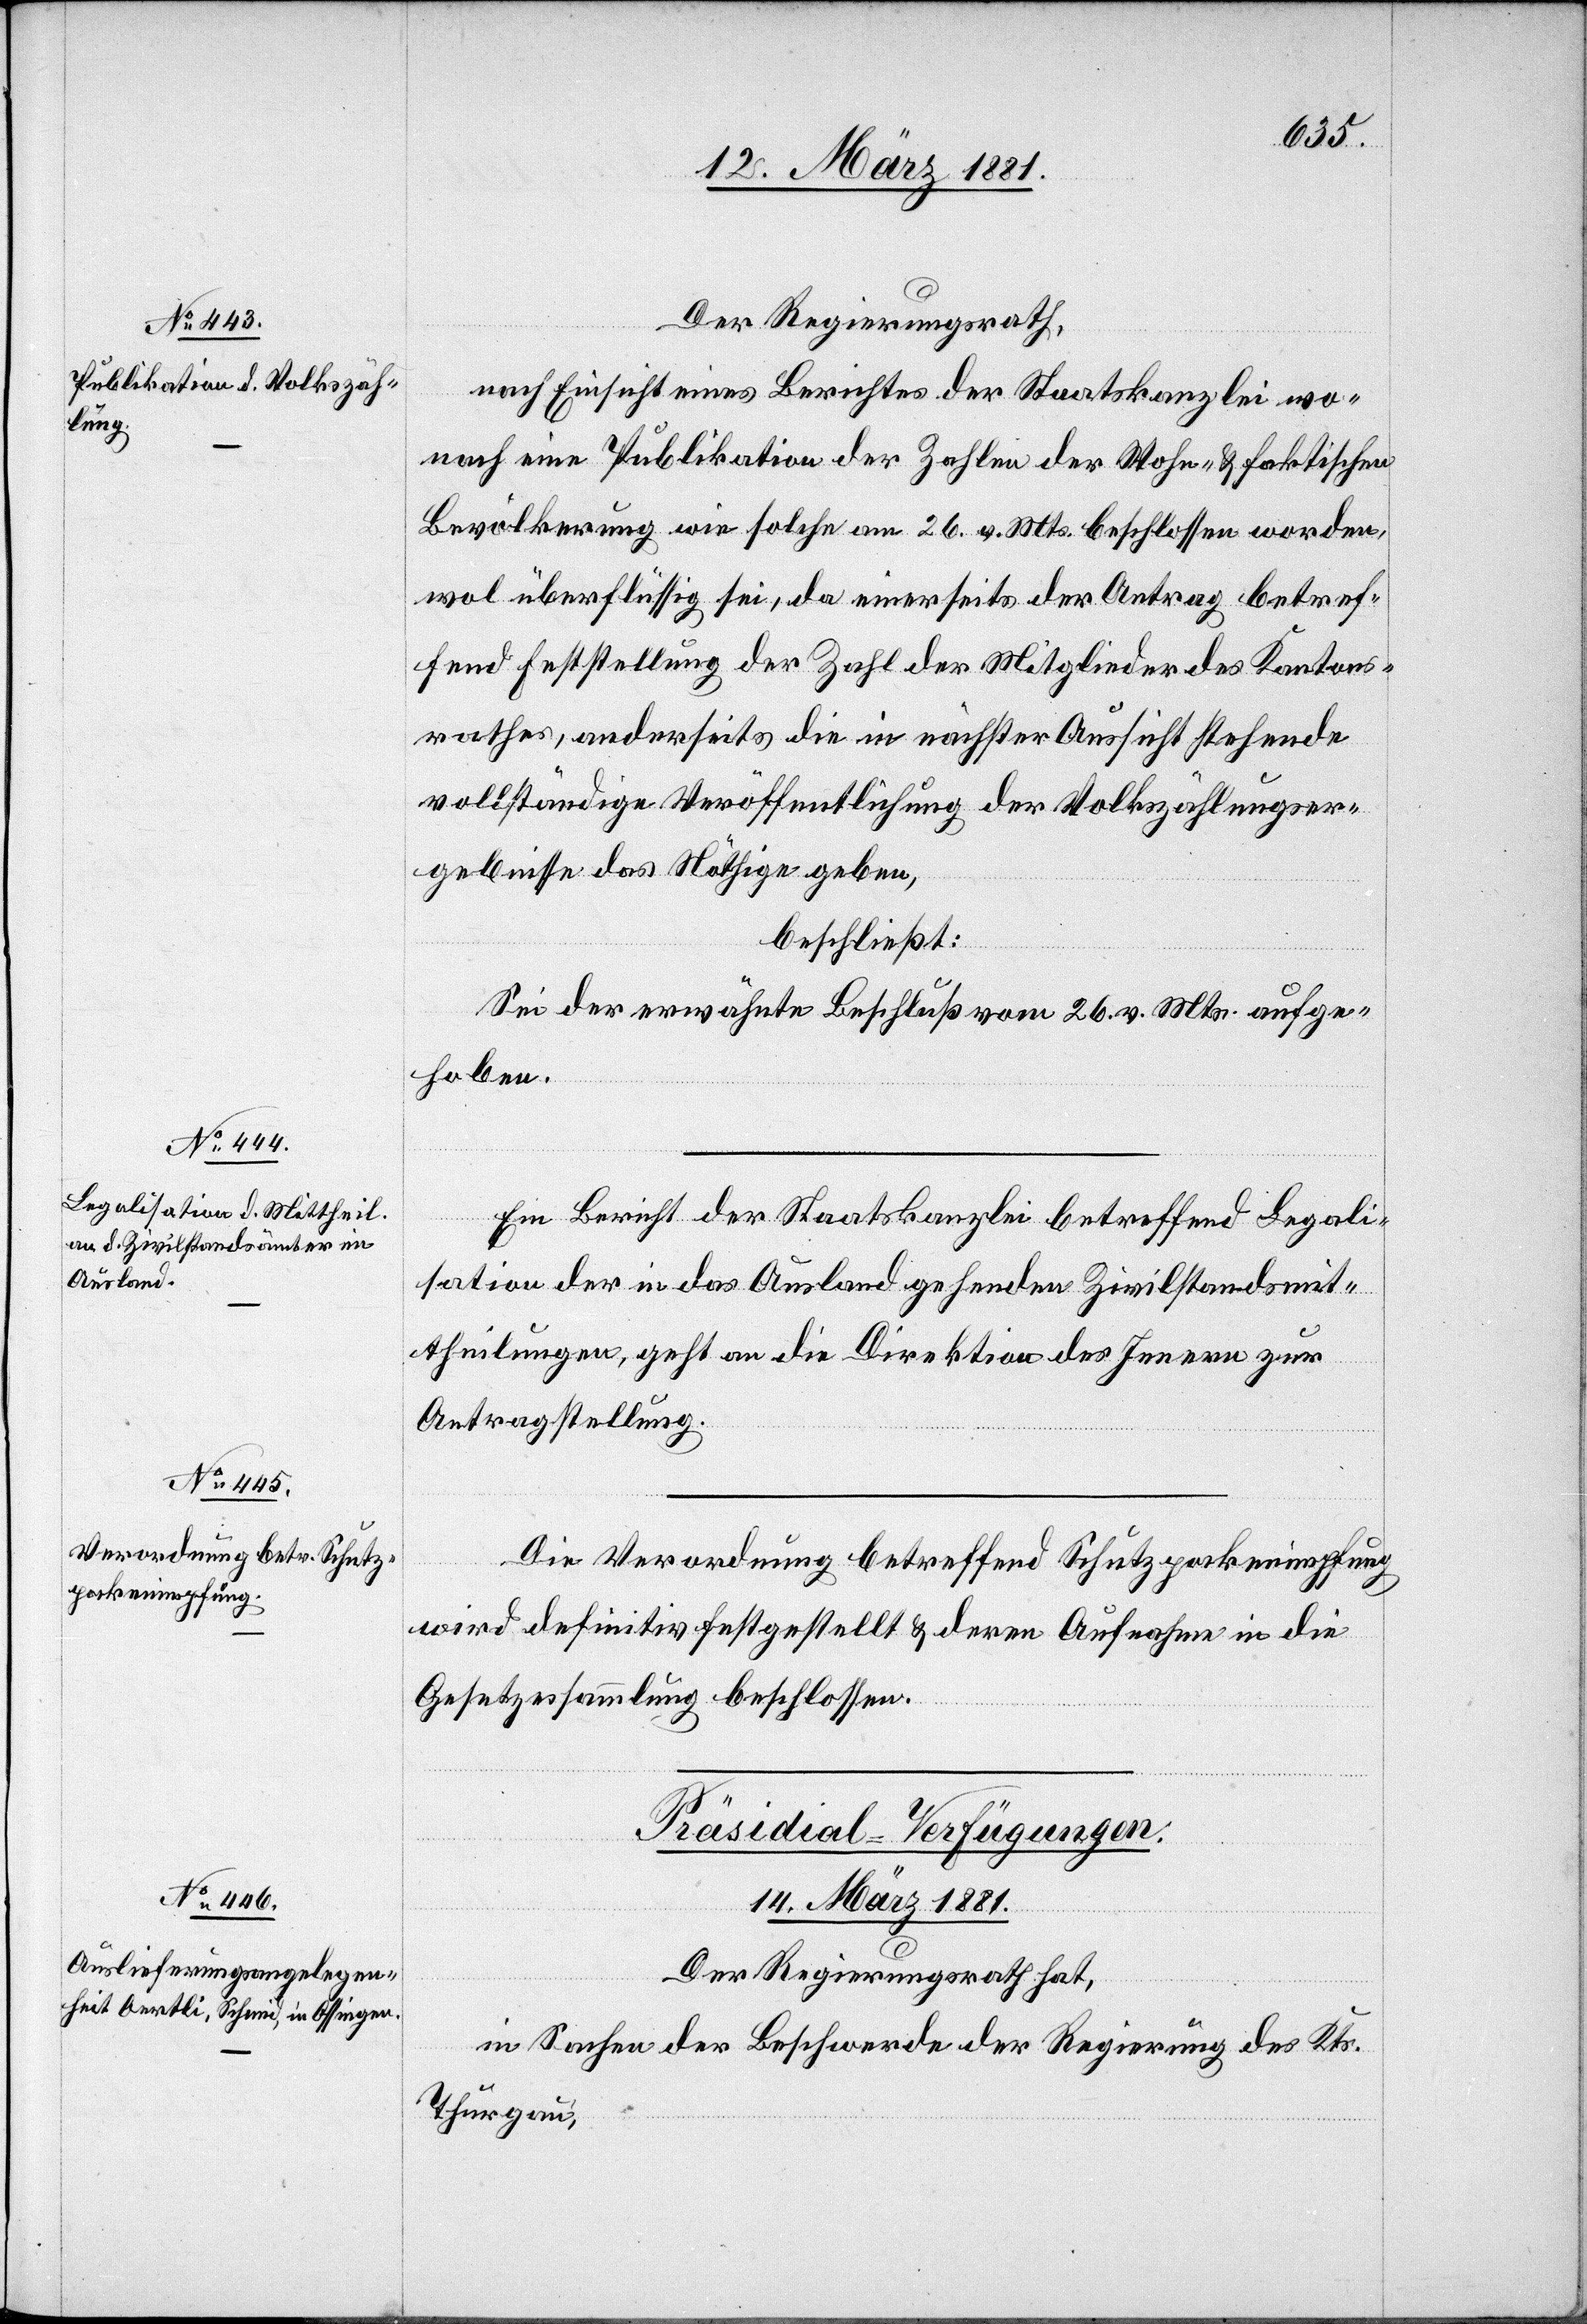
Der Regierungsrath,
nach Einsicht eines Berichtes der Staatskanzlei wo¬
nach eine Publikation der Zahlen der Wohn- & faktischen
Bevölkerung wie solche 26. v. Mts. beschlossen worden,
wol überflüssig sei, da einerseits der Antrag betref¬
fend Feststellung der Zahl der Mitglieder des Kantons¬
rathes, anderseits die in nächster Aussicht stehende
vollständige Veröffentlichung der Volkszählungser¬
gebnisse das Nöthige geben,
beschließt:
Sei der erwähnte Beschluß vom 26. v. Mts. aufge¬
hoben.
Ein Bericht der Staatskanzlei betreffend Legali¬
sation der in das Ausland gehenden Zivilstandsmit¬
theilungen, geht an die Direktion des Innern zur
Antragstellung.
Die Verordnung betreffend Schutzpockenimpfung
wird definitiv festgestellt & deren Aufnahme in die
Gesetzessammlung beschlossen.
Präsidial-Verfügungen.
14. März 1881.
Der Regierungsrath hat,
in Sachen der Beschwerde der Regierung des Kts.
Thurgau,